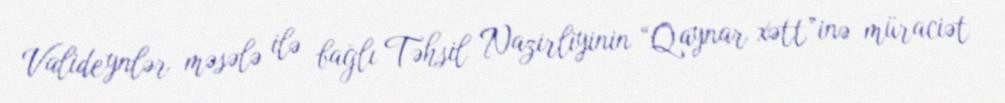
Valideynlər məsələ ilə bağlı Təhsil Nazirliyinin “Qaynar xətt”inə müraciət